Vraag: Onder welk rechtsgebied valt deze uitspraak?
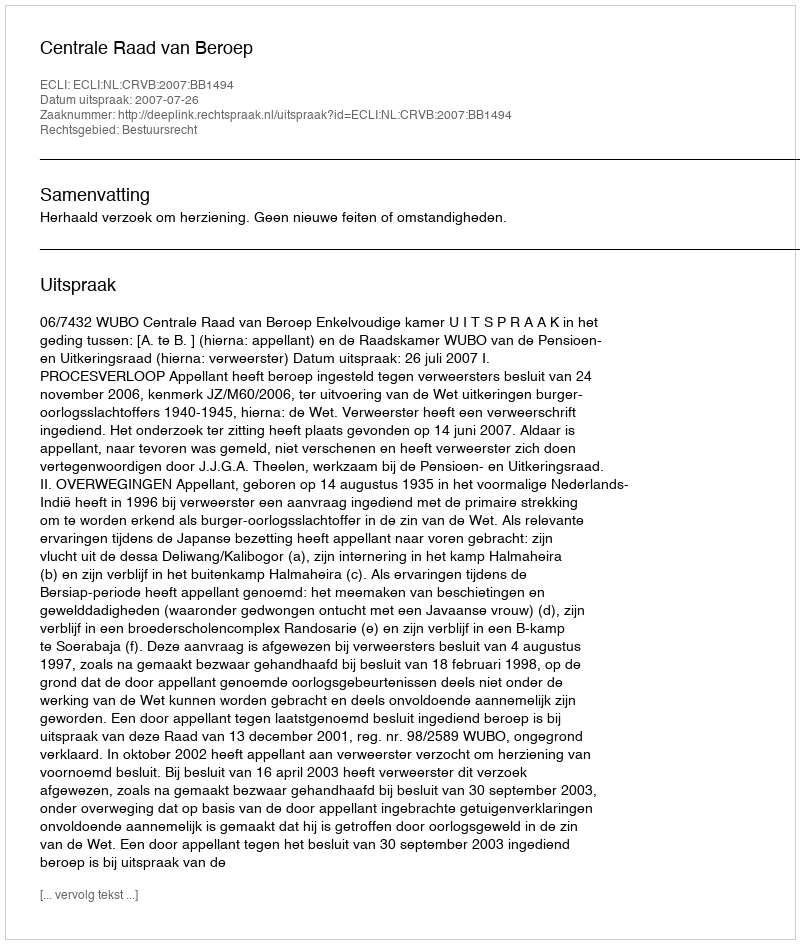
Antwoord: Bestuursrecht